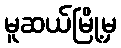
မူဆယ်မြို့မှ